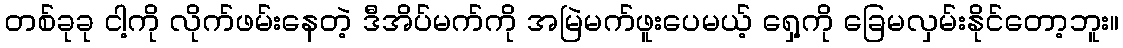
တစ်ခုခု ငါ့ကို လိုက်ဖမ်းနေတဲ့ ဒီအိပ်မက်ကို အမြဲမက်ဖူးပေမယ့် ရှေ့ကို ခြေမလှမ်းနိုင်တော့ဘူး။